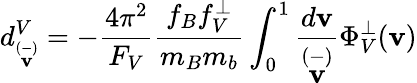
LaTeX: d_{\stackrel{(-)}{\mathbf{v}}}^{V}=-\frac{{4\pi^{2}}}{{F_{V}}}\frac{{f_{B}f_{V}^{\perp}}}{{m_{B}m_{b}}}\int_{0}^{1}\frac{{d\mathbf{v}}}{{\stackrel{(-)}{\mathbf{v}}}}\Phi_{V}^{\perp}(\mathbf{v})